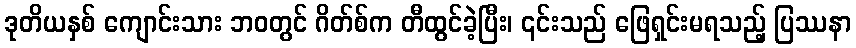
ဒုတိယနှစ် ကျောင်းသား ဘဝတွင် ဂိတ်စ်က တီထွင်ခဲ့ပြီး၊ ၎င်းသည် ဖြေရှင်းမရသည့် ပြဿနာ